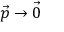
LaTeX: { \vec { p } } \rightarrow { \vec { 0 } }